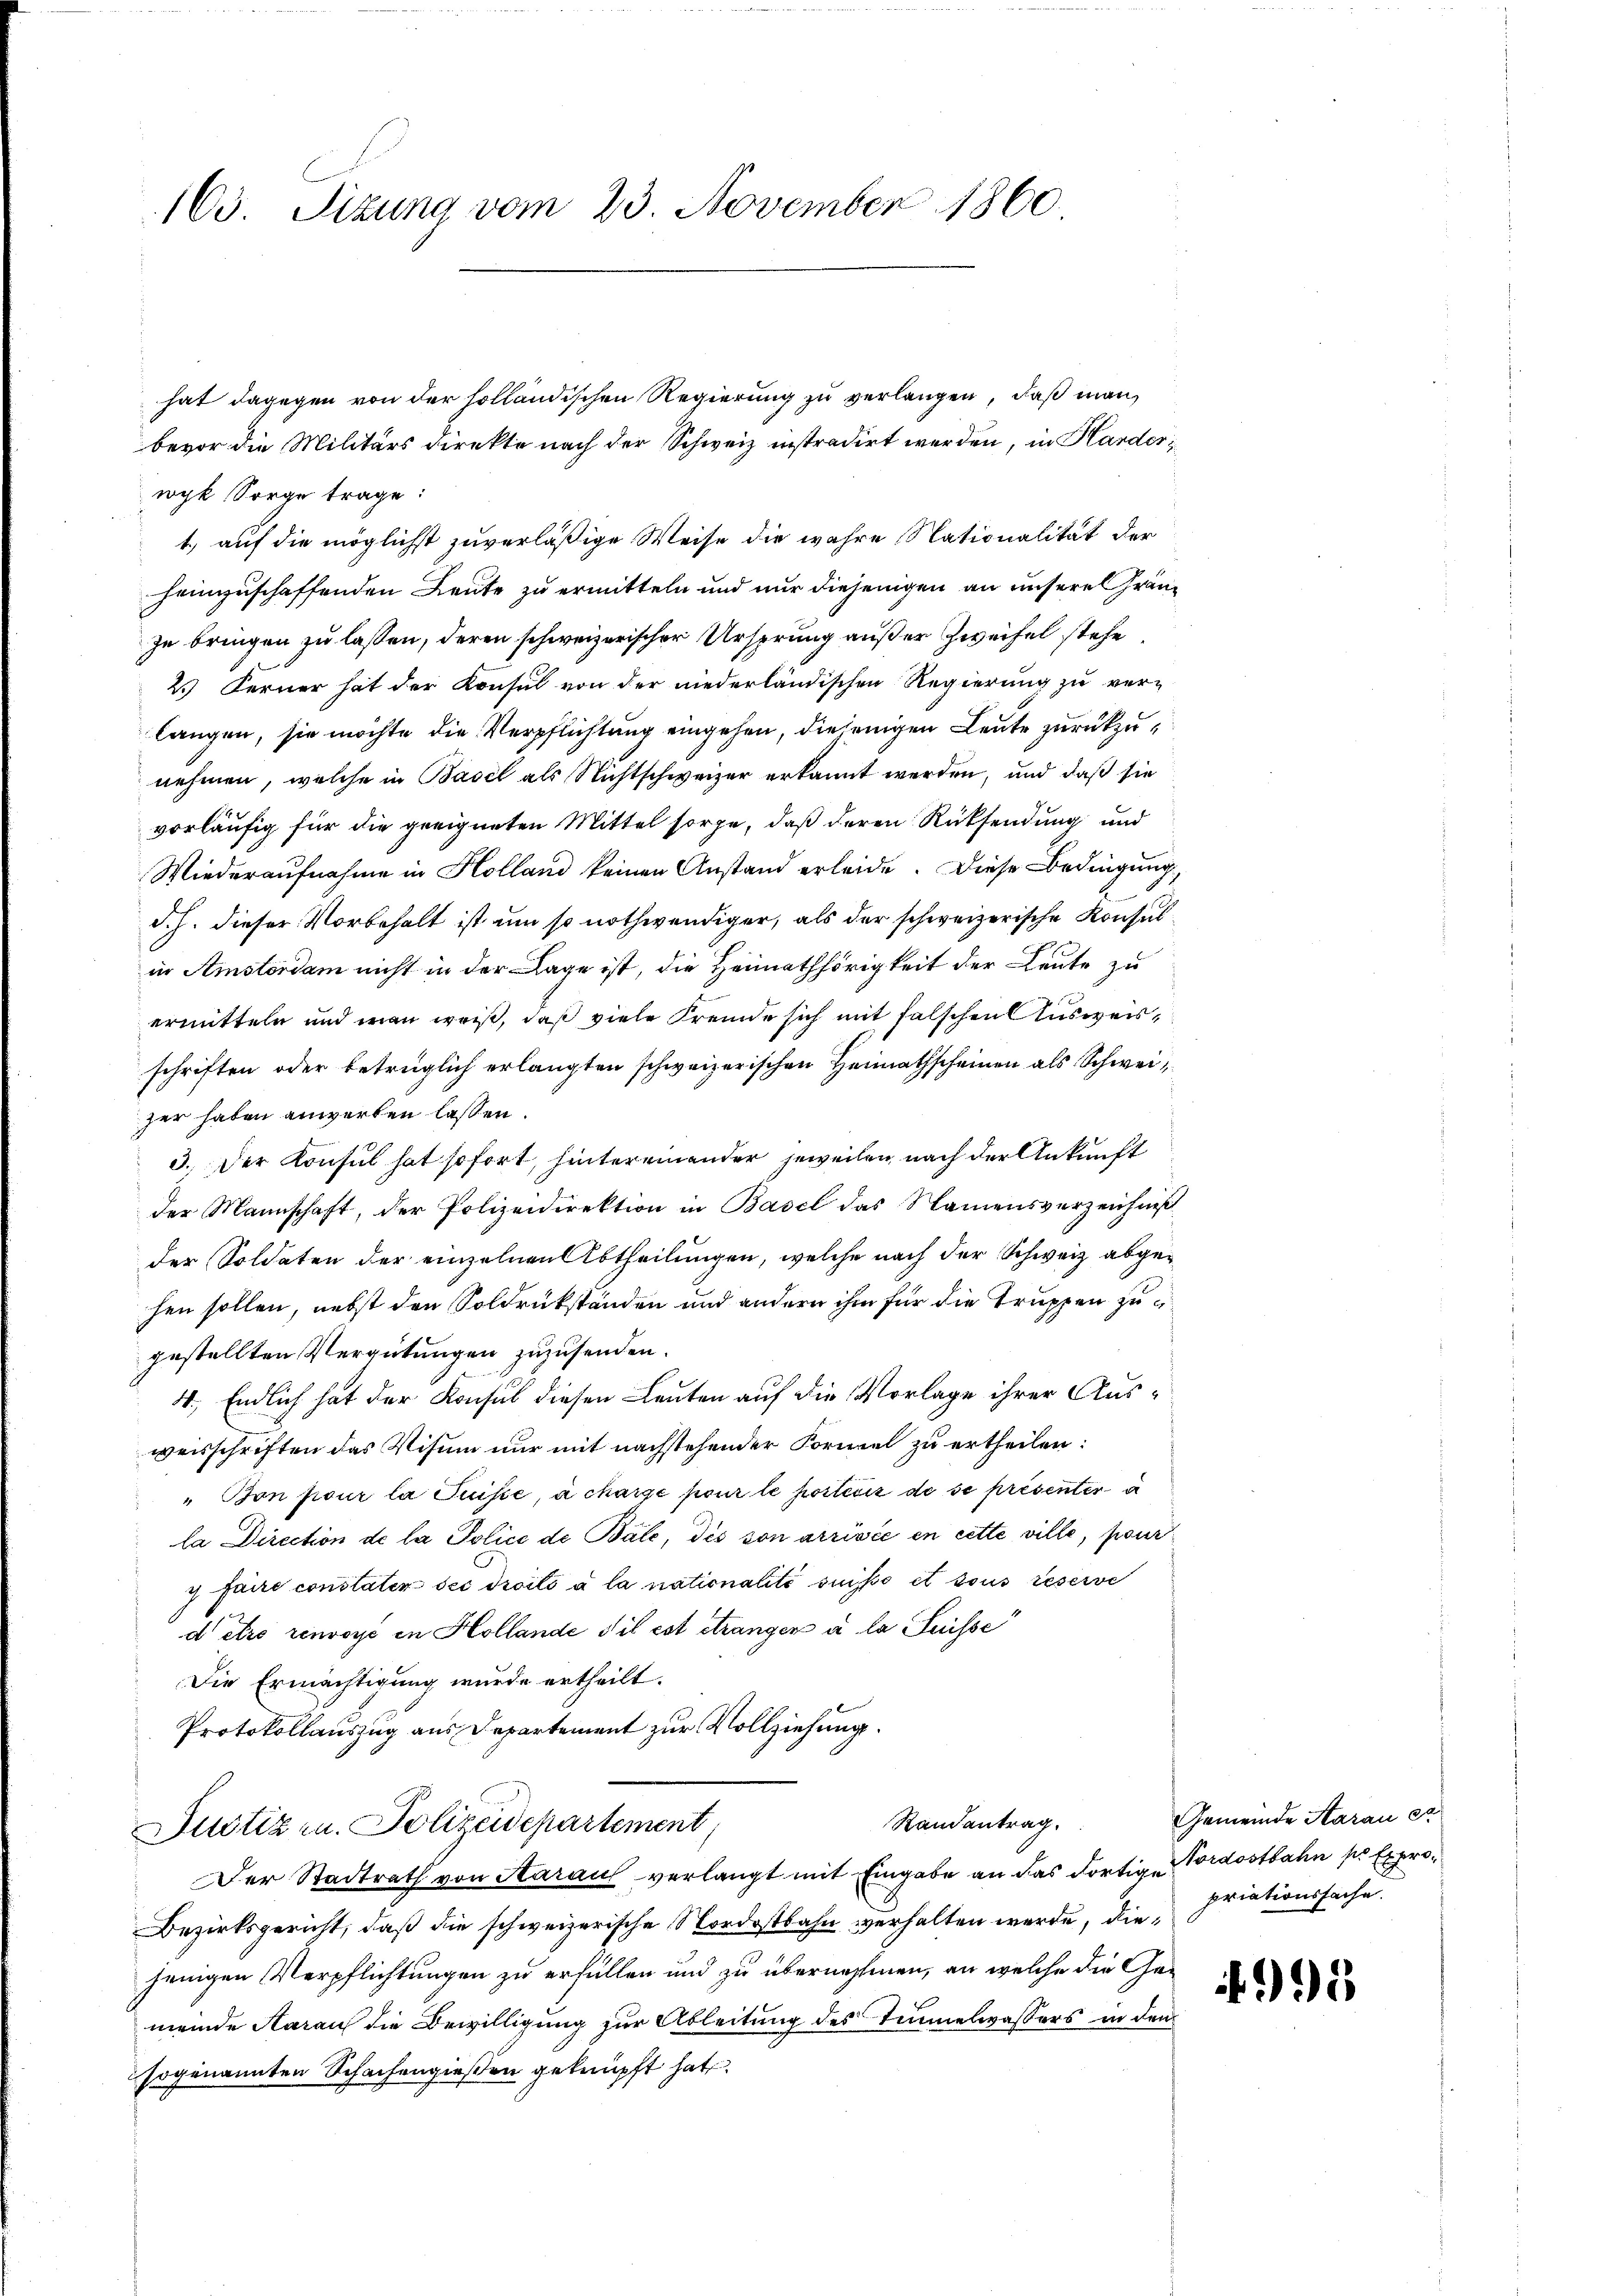
163. Sitzung vom 23. November 1860.

hat dagegen von der solländischen Regierung zu verlangen, daß man
bevor die Militärs direkte nach der Schweiz instradirt werden, in Hander
wyk Sorge trage:
1.) auf die möglichst zuverläßige Weise die wahre Nationalität der
heimzuschaffenden Leute zu ermitteln und nur diejenigen an unsere Gränz
zu bringen zu lassen, deren schweizerischer Ursprung außer Zweifel stehe
2.) Ferner hat der Konsul von der niederländischen Regierung zu ver-
langen, sie möchte die Verpflichtung eingehen, diejenigen Leute zurückzunehmen, welche in Basel als Nichtschweizer erkannt werden, und daß sie
vorläufig für die geeigneten Mittel sorge, daß deren Rücksendung und
Wiederaufnahme in Holland keinen Anstand erleide. Diese Bedingung
d. h. dieser Vorbehalt ist um so nothwendiger, als der schweizerische Konsulin Amsterdam nicht in der Lage ist, die Heimathörigkeit der Leute zu
ermitteln und man weiß, daß viele Fremde sich mit falschen Ausweis,
schriften oder betrüglich erlangten schweizerischen Heimathscheinen als Schweizer haben anwerten lassen.
3.) Der Konsul hat sofort, hintereinander jeweilen nach der Ankunft
der Mannschaft, der Polizeidirektion in Basel das Namensverzeichniß
der Soldaten der einzelnen Abtheilungen, welche nach der Schweiz abgehen sollen, nebst den Soldrükständen und andern ihm für die Truppen zugestellten Vergütungen zuzusenden.
4.) Endlich hat der Konsul diesen Leuten auf die Vorlage ihrer Ausweisschriften das Visum nur mit nachstehender Formel zu ertheilen:
" Bon pour la Puisse, à charge pour le portir de se présenter a
la Direction de la Police de Bale, des son arrivée en cette ville, pour
y faire constater ses droits à la nationalité suiso et sous réserve
detro renvoyé in Hollande dil est étranger à la Suisse
Die Ermächtigung wurde ertheilt.
Protokollauszug aus Departement zur Vollziehung.
Randantrag.
Justiz zu. Polizeidepartement
Der Stadtrath von Aarauf verlangt mit Eingabe an das dortig ordostbahn pr Expro¬
Bezirksgericht, daß die schweizerische Nordostbahn verhalten werde, diejenigen Verpflichtungen zu erfüllen und zu übernehmen, an welche die Gemeinde Aarauf die Bewilligung zur Ableitung des Temmelwassers in den
sogenannten Schachengießen geknüpft hat.

Gemeinde Aarau er
priationssache.

95